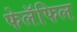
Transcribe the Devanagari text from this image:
फेलॅफिल